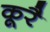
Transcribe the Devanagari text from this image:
कूरै